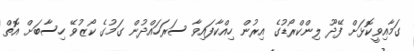
ގަމާއިވީކޮޅަށް ފޭދޫ ލިންކްރޯޑުގެ އިރުން ހިއްކާފައިވާ ސަރަހައްދުން ގަމުގެ ކޯޒުވޭ ހިސާބަށް އޮތް